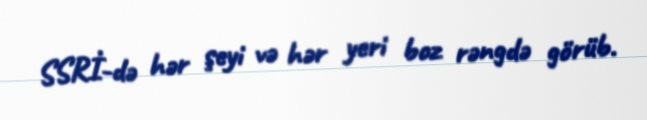
SSRİ-də hər şeyi və hər yeri boz rəngdə görüb.